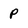
Character: p